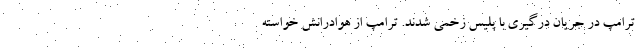
ترامپ در جریان درگیری با پلیس زخمی شدند. ترامپ از هوادرانش خواسته